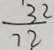
\frac { 3 2 } { 7 2 }